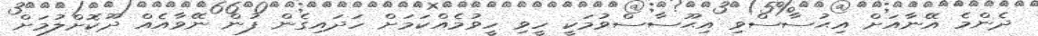
ދެންމެ އޭނާއަށް އިޙުސާސްވި އިޙޫސާސްވުމަކީ ހީވި ހީވުމެއްކަމަށް ހަދައިގެން ފުން ނޭވާއެއް ދޫކޮށްލުމަށް